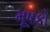
મૂષકો